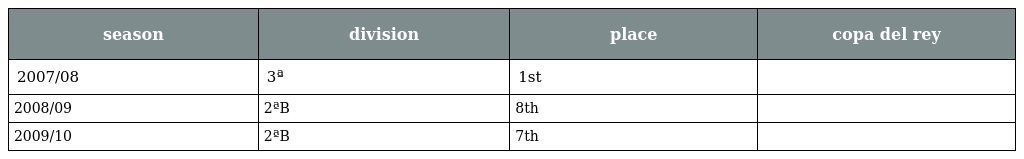
| season | division | place | copa del rey |
 | --- | --- | --- | --- |
 | 2007/08 | 3ª | 1st |  |
 | 2008/09 | 2ªB | 8th |  |
 | 2009/10 | 2ªB | 7th |  |